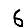
Digit: 6